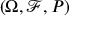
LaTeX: ( \Omega , { \mathcal { F } } , P )